Report of the Municipal Commissioner on the plague in Bombay for the year ending 31st May... - Volume 3
Disease focus: Plague
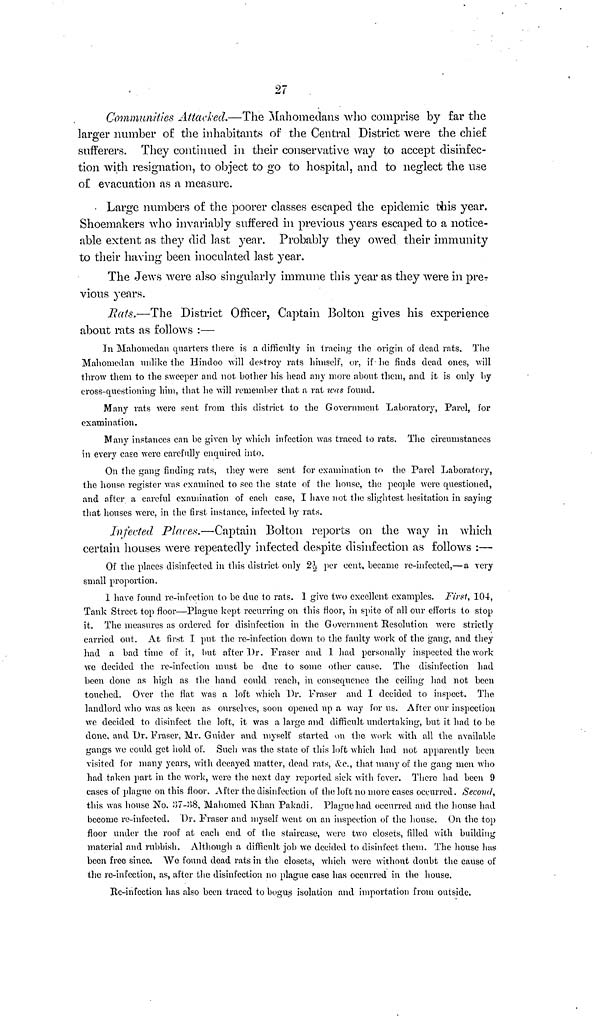
27
Communities Attacked.—The Mahomedans who comprise by far the
larger number of the inhabitants of the Central District were the chief
sufferers. They continued in their conservative way to accept disinfec-
tion with resignation, to object to go to hospital, and to neglect the use
of evacuation as a measure.
• Large numbers of the poorer classes escaped the epidemic this year.
Shoemakers who invariably suffered in previous years escaped to a notice-
able extent as they did last year. Probably they owed their immunity
to their having been inoculated last year.
The Jews were also singularly immune this year as they were in pre-
vious years.
Rats.—The District Officer, Captain Bolton gives his experience
about rats as follows :—
In Mahomedan quarters there is a difficulty in tracing the origin of dead rats. The
Mahomedan unlike the Hindoo will destroy rats himself, or, if he finds dead ones, will
throw them to the sweeper and not bother his head any more about them, and it is only by
cross-questioning him, that he will remember that a rat was found.
Many rats were sent from this district to the Government Laboratory, Parel, for
examination.
Many instances can be given by which infection was traced to rats. The circumstances
in every case were carefully enquired into.
On the gang finding rats, they were sent for examination to the Parel Laboratory,
the house register was examined to see the state of the house, the people were questioned,
and after a careful examination of each case, I have not the slightest hesitation in saying
that houses were, in the first instance, infected by rats.
Infected Places.—Captain Bolton reports on the way in which
certain houses were repeatedly infected despite disinfection as follows :—
Of the places disinfected in this district only 21/2 per cent. became re-infected,— a very
small proportion.
I have found re-infection to be due to rats. 1 give two excellent examples. First, 104,
Tank Street top floor—Plague kept recurring on this floor, in spite of all our efforts to stop
it. The measures as ordered for disinfection in the Government Resolution were strictly
carried out. At first I put the re-infection down to the faulty work of the gang, and they
had a bad time of it, but after Dr. Fraser and 1 had personally inspected the work
we decided the re-infection must be due to some other cause. The disinfection had
been done as high as the hand could reach, in consequence the ceiling had not been
touched. Over the flat was a loft which "Dr. Fraser and I decided to inspect. The
landlord who was as keen as ourselves, soon opened up a way for us. After our inspection
we decided to disinfect the loft, it was a large and difficult undertaking, but it had to be
done, and Dr. Fraser, Mr. Guider and myself started on the work with all the available
gangs we could get hold of. Such was the state of this loft which had not apparently been
visited for many years, with decayed matter, dead rats, &c., that many of the gang men who
had taken part in the work, were the next day reported sick with fever. There had been 9
cases of plague on this floor. After the disinfection of the loft no more cases occurred. Second,
this was house No. :37-38, Mahomed Khan Pakadi. Plague had occurred and the house had
become re-infected. Dr. Fraser and myself went on an inspection of the house. On the top
floor under the roof at each end of the staircase, were two closets, filled with building
material and rubbish. Although a difficult job we decided to disinfect them. The house has
been free since. We found dead rats in the closets, which were without doubt the cause of
the re-infection, as, after the disinfection no plague case has occurred in the house.
Re-infection has also been traced to bogus isolation and importation from outside.